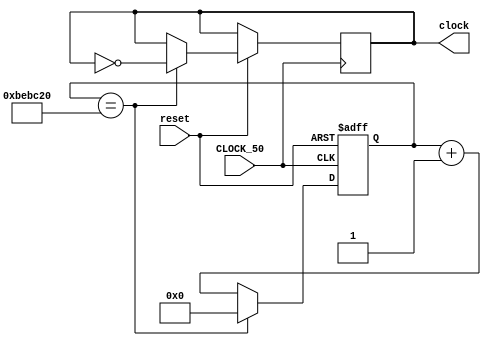
module halfSecClock
(
	input 	CLOCK_50,
	input 	reset, //Reset
	output reg clock
);   

reg [24:0] count;
/*
  1/50M = 2x10^-8 sec
   1/50M = 0.5/X
	50M/0.5 = X
	X = 25M
*/
always@(posedge CLOCK_50, negedge reset)
begin
	if(!reset)
	begin
		count <= 0;
	end
	else
		if(count == 12500000)
		begin
			clock <= !clock ;
			count <=0;
		end
		else
			count <= count + 1; 
end

endmodule